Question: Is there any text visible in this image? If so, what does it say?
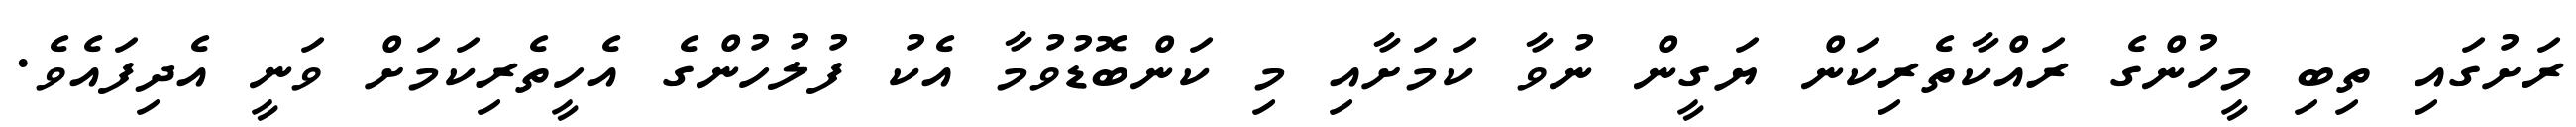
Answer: ރަށުގައި ތިބި މީހުންގެ ރައްކާތެރިކަން ޔަގީން ނުވާ ކަމަށާއި މި ކަންބޮޑުވުމާ އެކު ފުލުހުންގެ އެހީތެރިކަމަށް ވަނީ އެދިފައެވެ.